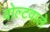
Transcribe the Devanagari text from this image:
वोल्टवाले